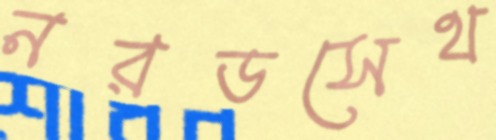
নরডসেথ